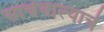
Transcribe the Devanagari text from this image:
साचेवाल्याचे